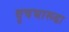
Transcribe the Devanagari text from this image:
वृषभारूढा